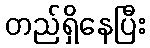
တည်ရှိနေပြီး